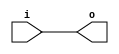
// This program was cloned from: https://github.com/chipsalliance/UHDM-integration-tests
// License: Apache License 2.0

/* Generated by Yosys 0.27+9 (git sha1 101d19bb6, gcc 11.2.0-7ubuntu2 -fPIC -Os) */

(* top =  1  *)

module bsg_flatten_2D_array(i, o);
  
  input [159:0] i;
  wire [159:0] i;
  
  output [159:0] o;
  wire [159:0] o;
  assign o = i;
endmodule